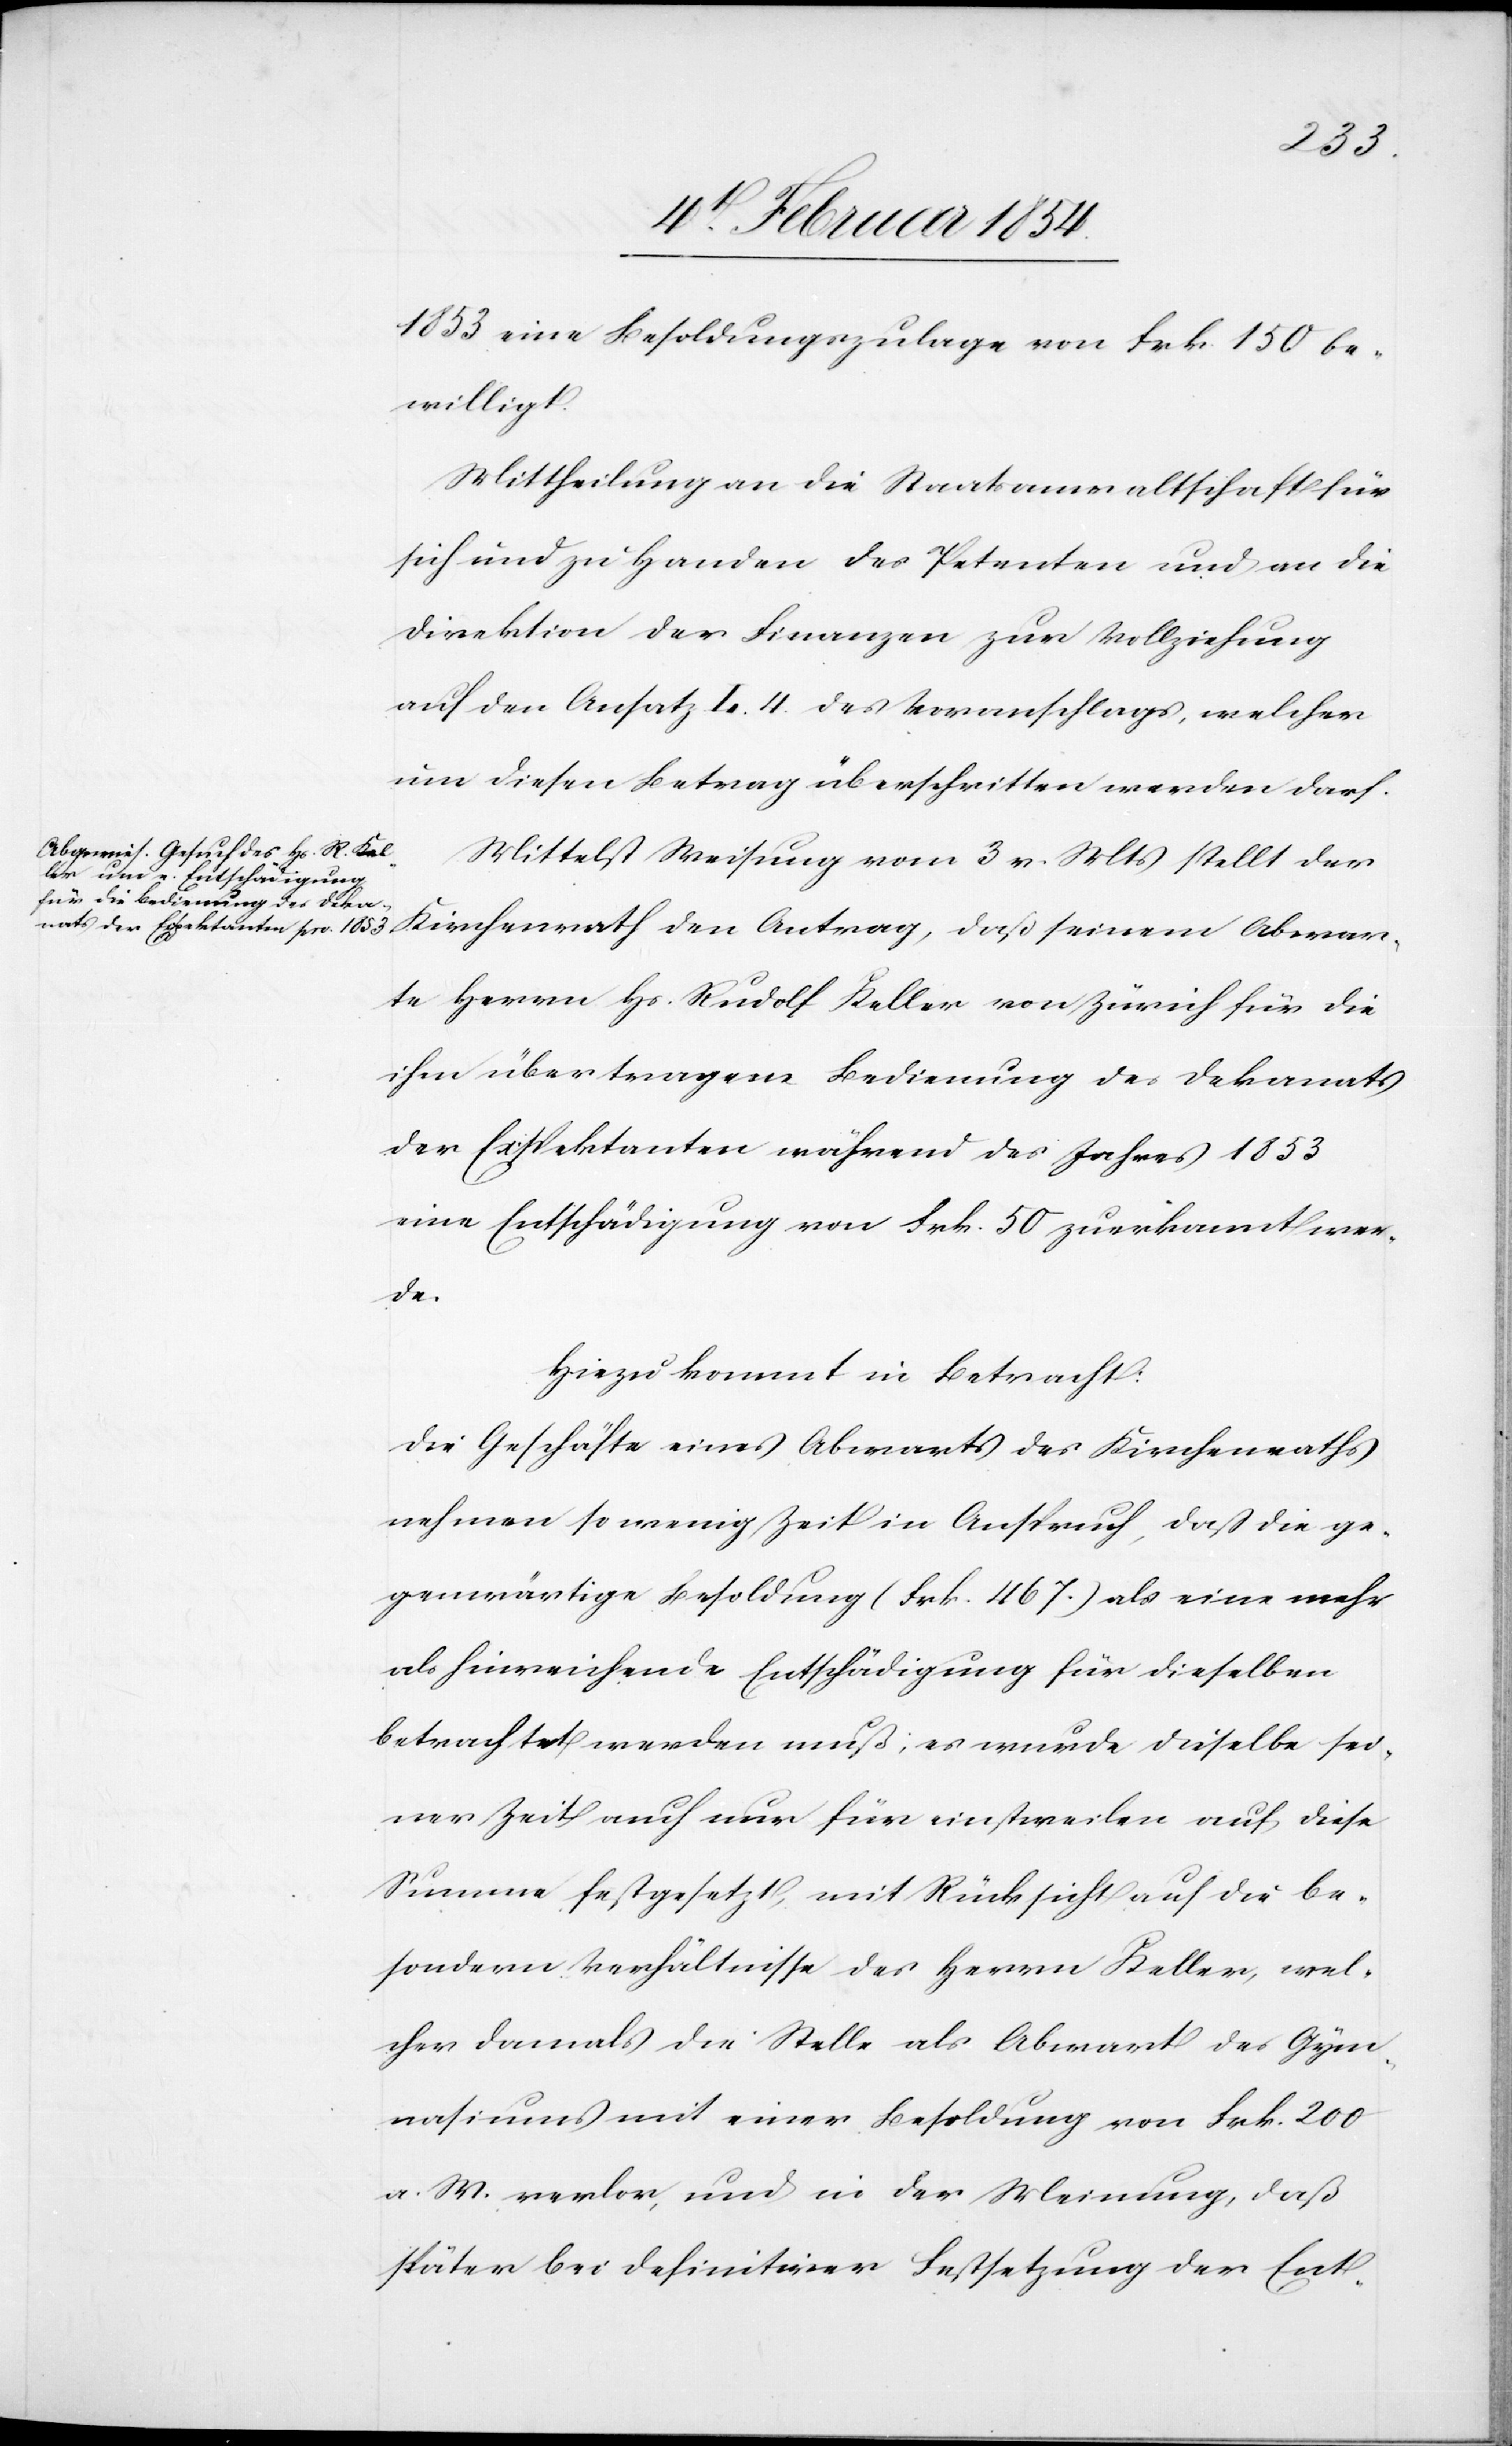
1853 eine Besoldungszulage von Frk. 150 be¬
willigt.
Mittheilung an die Staatsanwaltschaft für
sich und zu Handen des Petenten und an die
Direktion der Finanzen zur Vollziehung
auf den Ansatz I. 4. des Voranschlages, welcher
um diesen Betrag überschritten werden darf.
Mittelst Weisung vom 3 v. Mts stellt der
Kirchenrath den Antrag, daß seinem Abwar¬
te Herrn Hs. Rudolf Keller von Zürich für die
ihm übertragene Bedienung des Dekanats
der Expektanten während des Jahres 1853
eine Entschädigung von Frk. 50 zuerkannt wer¬
de.
Hiezu kommt in Betracht:
Die Geschäfte eines Abwarts des Kirchenraths
nehmen so wenig Zeit in Anspruch, daß die ge¬
genwärtige Besoldung (Fr. 467.) als eine mehr
als hinreichende Entschädigung für dieselben
betrachtet werden muß; es wurde dieselbe sei¬
ner Zeit auch nur für einstweilen auf diese
Summe festgesetzt, mit Rücksicht auf die be¬
sondern Verhältnisse des Herrn Keller, wel¬
cher damals die Stelle als Abwart des Gym¬
nasiums mit einer Besoldung von Frk. 200
a. M. verlor, und in der Meinung, daß
später bei definitiver Festsetzung der Ent-